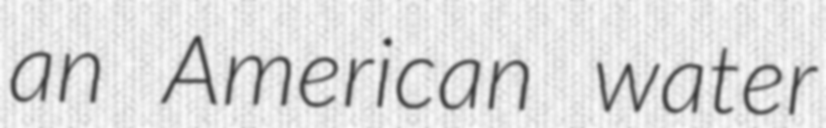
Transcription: an American water